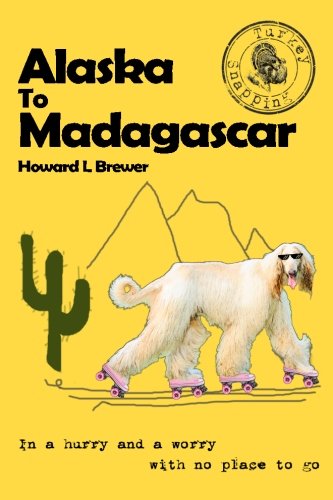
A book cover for Alaska to Madagascar: In a hurry and a worry with no place to go; Mr Howard L Brewer; Travel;